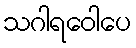
သဂါရဝေါပေ